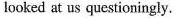
looked at us questioningly.